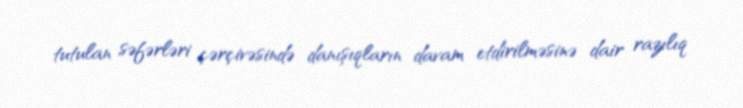
tutulan səfərləri çərçivəsində danışıqların davam etdirilməsinə dair razılıq